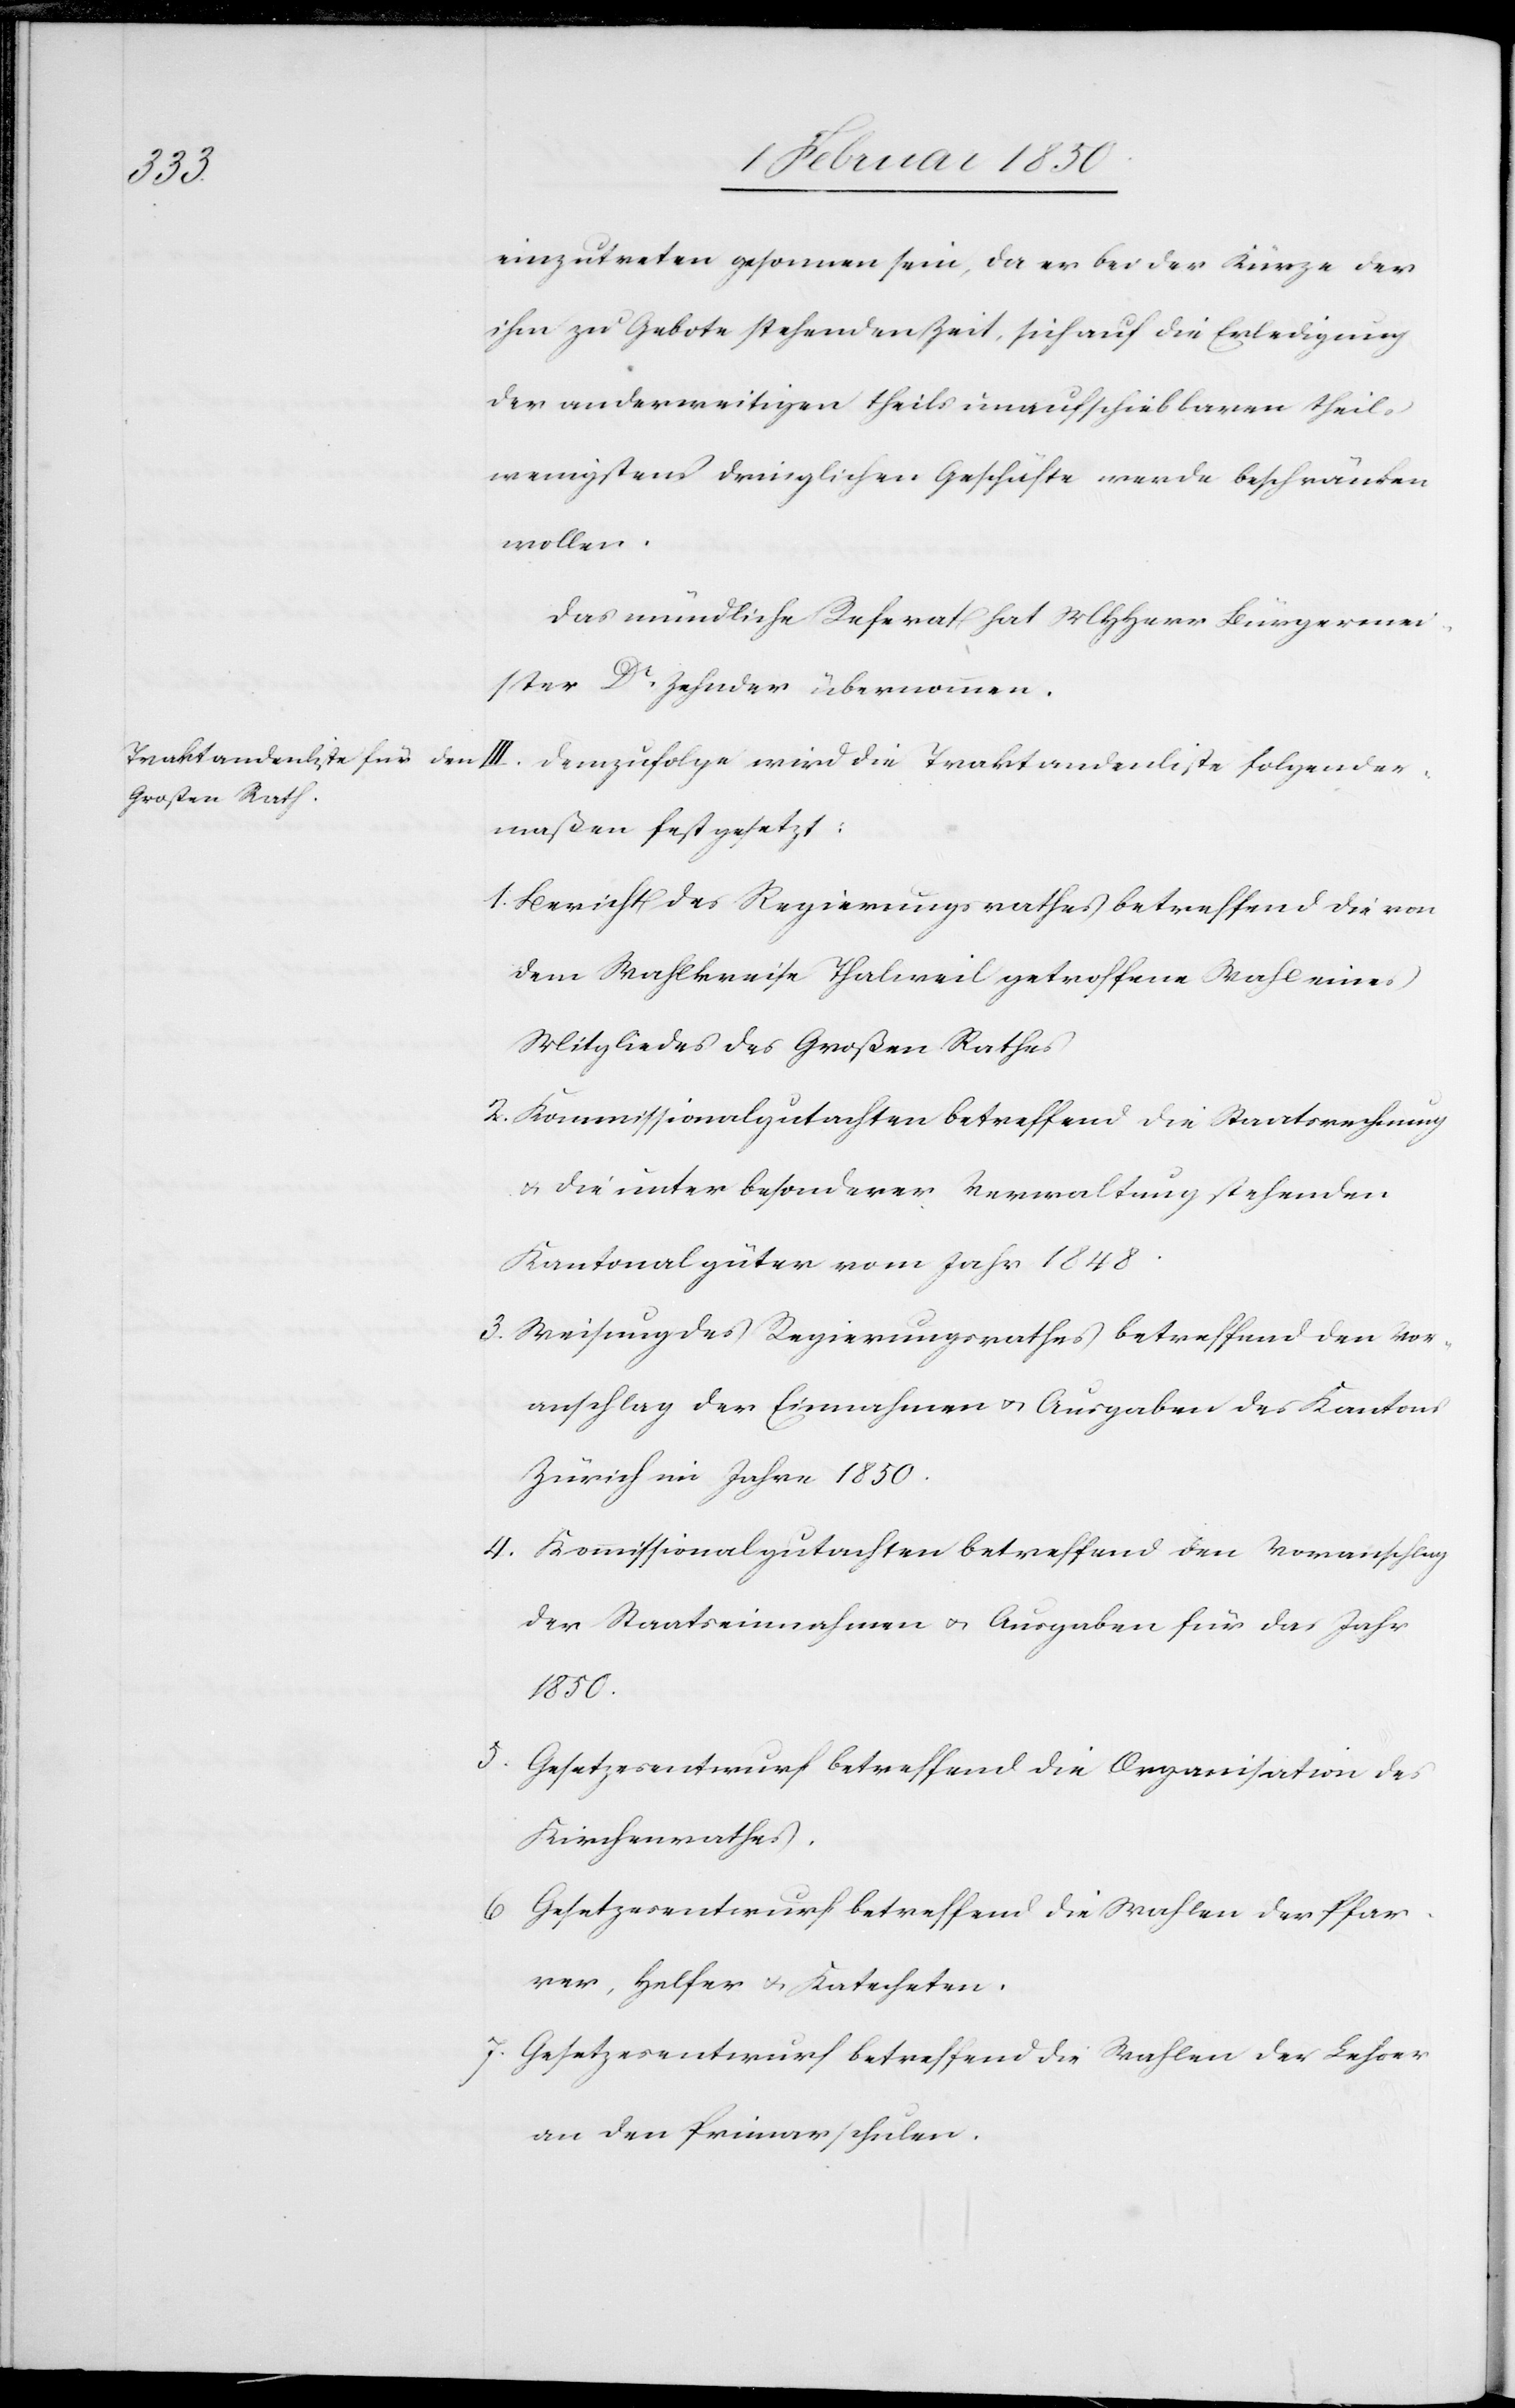
einzutreten gesonnen sein, da er bei der Kürze der
ihm zu Gebote stehenden Zeit, sich auf die Erledigung
der anderweitigen theils unaufschiebbaren theils
wenigstens dringlichen Geschäfte werde beschränken
wollen.
Das mündliche Referat hat MHHerr Bürgermei¬
ster Dr Zehnder übernommen.
III. Demzufolge wird die Traktandenliste folgender¬
maßen festgesetzt:
1. Bericht des Regierungsrathes betreffend die von
dem Wahlkreise Thalweil getroffene Wahl eines
Mitgliedes des Großen Rathes
2. Kommissionalgutachten betreffend die Staatsrechnung
u. die unter besonderer Verwaltung stehenden
Kantonalgüter vom Jahr 1848.
3. Weisung des Regierungsrathes betreffend den Vor¬
anschlag der Einnahmen u. Ausgaben des Kantons
Zürich im Jahre 1850.
4. Kommissionalgutachten betreffend den Voranschlag
der Staatseinnahmen u. Ausgaben für das Jahr
1850.
5. Gesetzesentwurf betreffend die Organisation des
Kirchenrathes.
6. Gesetzesentwurf betreffend die Wahlen der Pfar¬
rer, Helfer u. Katecheten.
7. Gesetzesentwurf betreffend die Wahlen der Lehrer
an den Primarschulen.